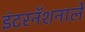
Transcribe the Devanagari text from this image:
इंटरनॅशनाले